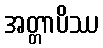
အတ္တာပိဿ